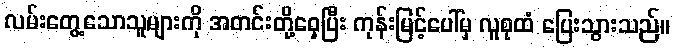
လမ်းတွေ့သောသူများကို အတင်းတို့ဝှေ့ပြီး ကုန်းမြင့်ပေါ်မှ လူစုထံ ပြေးသွားသည်။